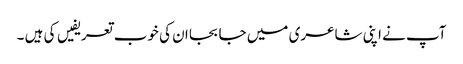
آپ نے اپنی شاعری میں جا بجا ان کی خوب تعریفیں کی ہیں ۔